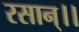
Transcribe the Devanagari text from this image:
रसान्।।